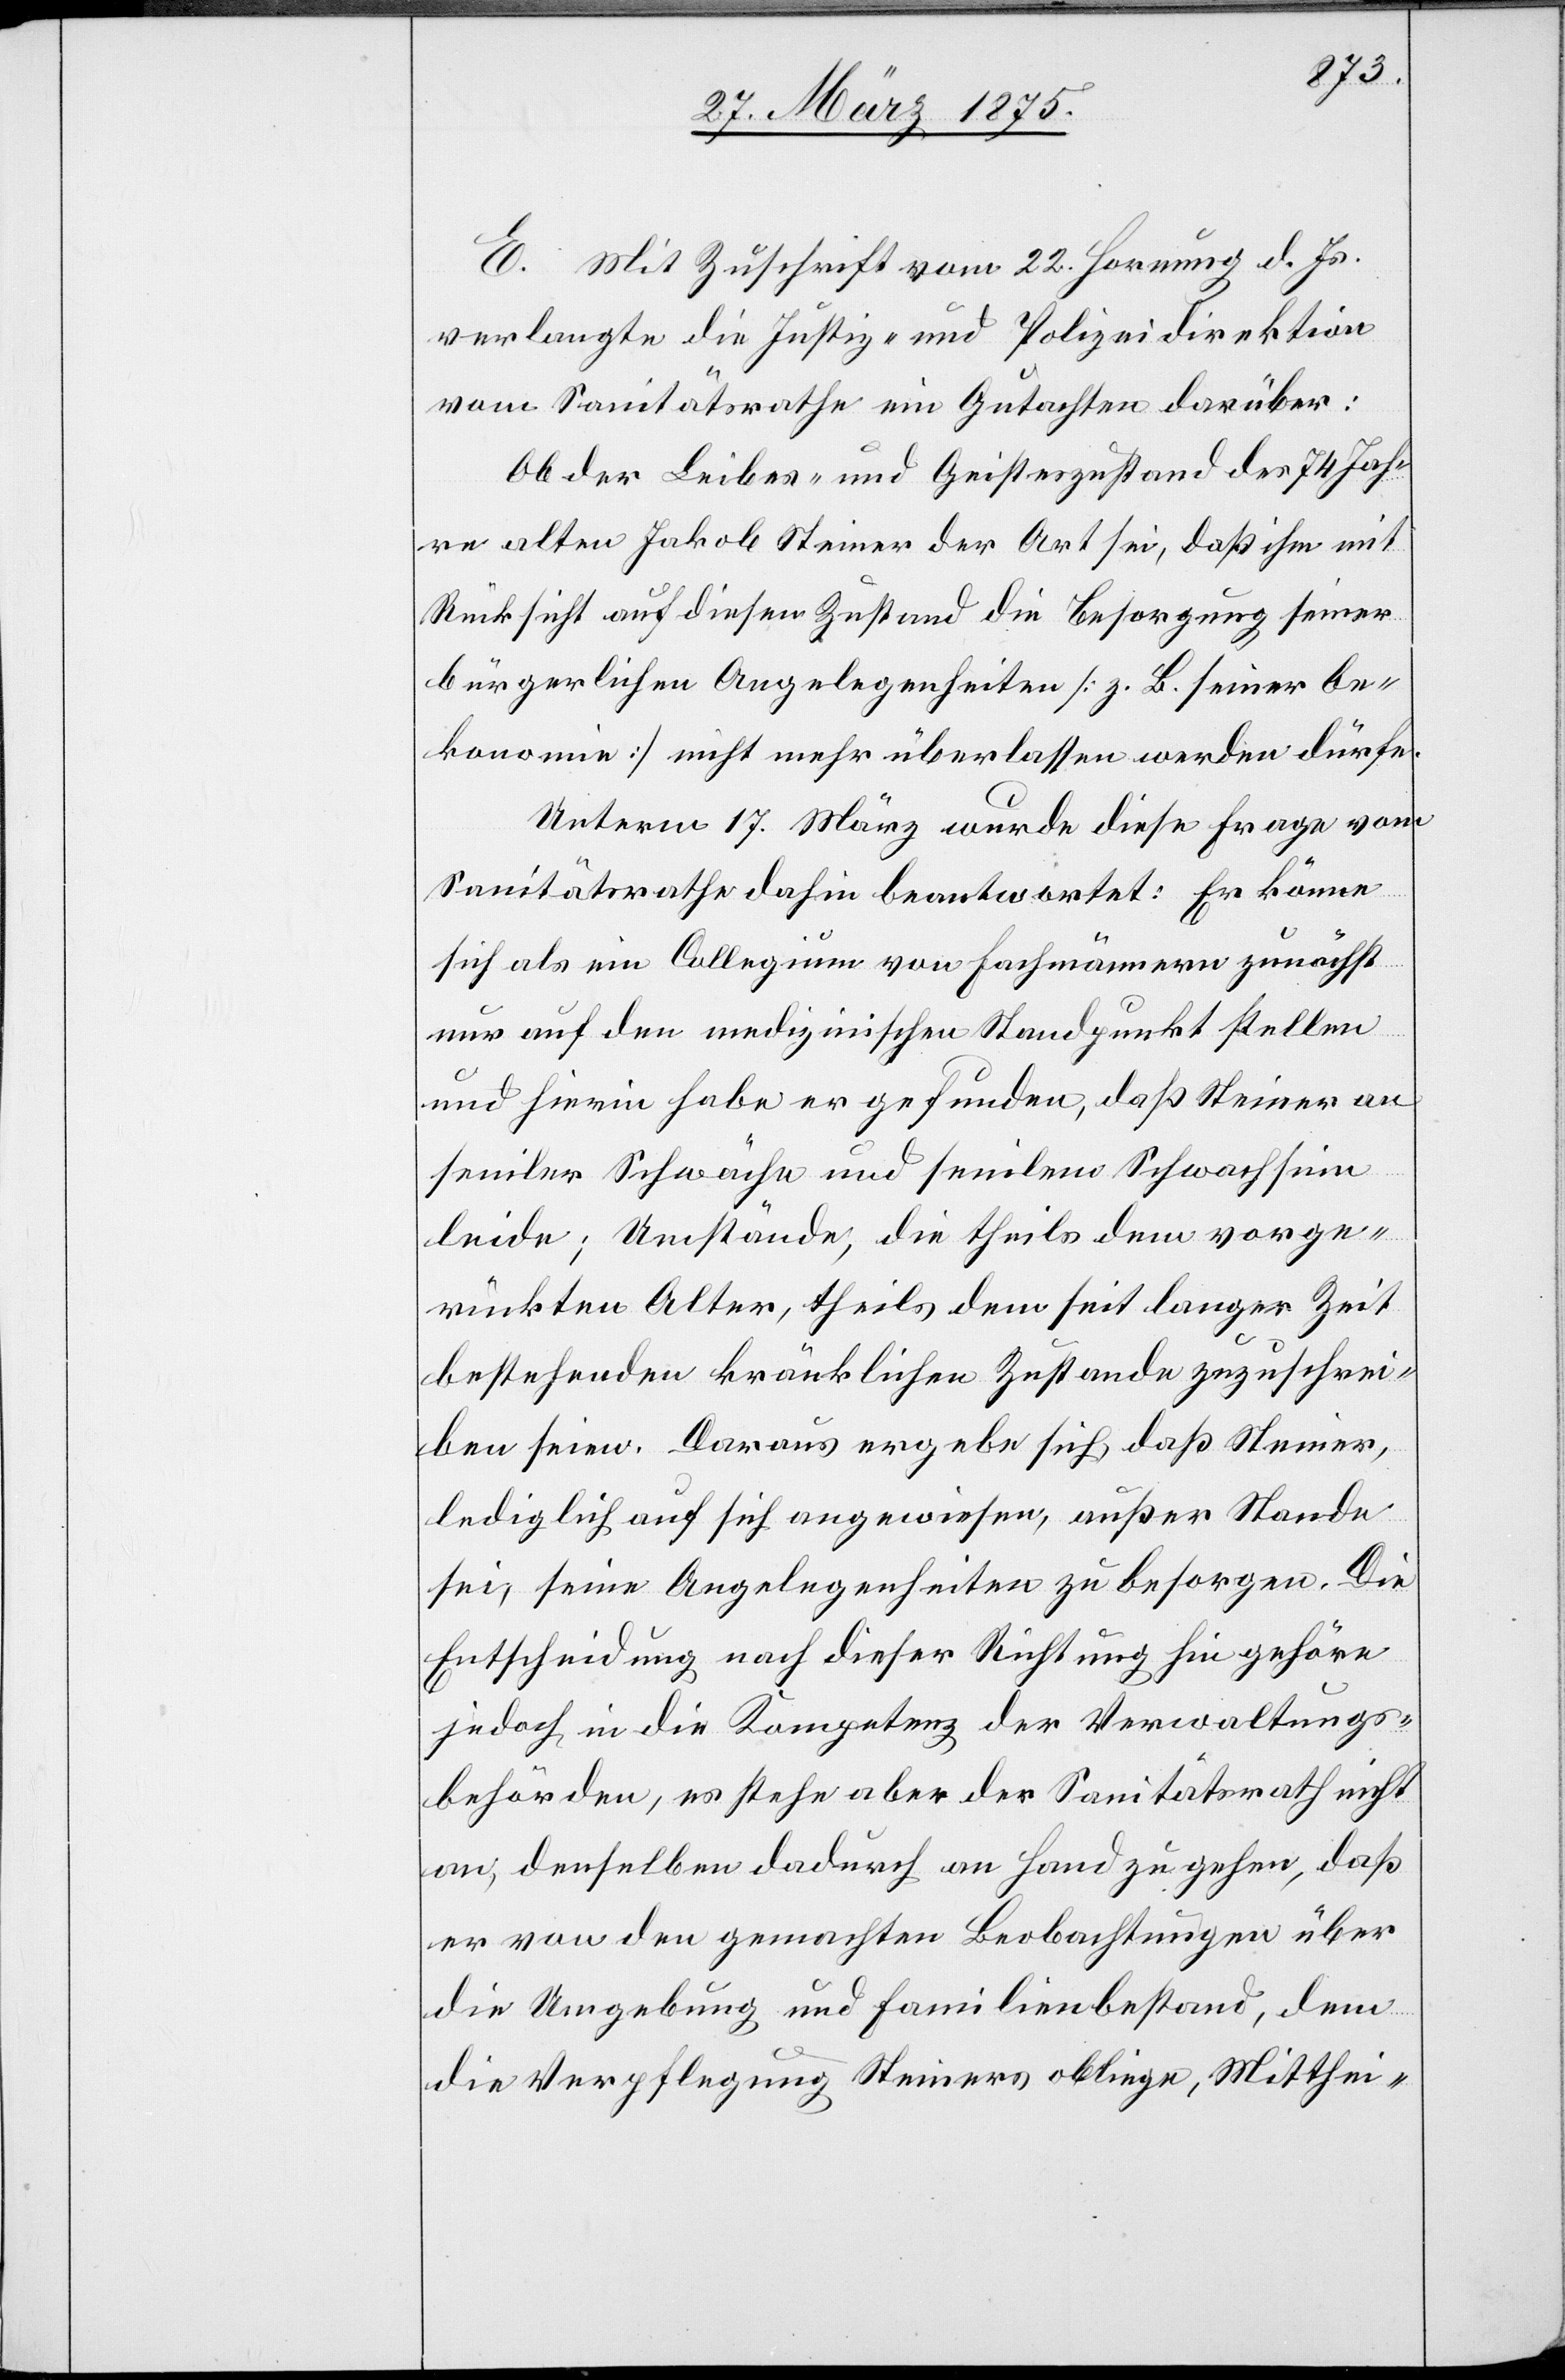
E. Mit Zuschrift vom 22. Hornung d. Js.
verlangte die Justiz- und Polizeidirektion
vom Sanitätsrathe ein Gutachten darüber:
Ob der Leibes- und Geisteszustand des 74 Jah¬
re alten Jakob Steiner der Art sei, daß ihm mit
Rücksicht auf diesen Zustand die Besorgung seiner
bürgerlichen Angelegenheiten [z. B. seiner Oe¬
konomie] nicht mehr überlassen werden dürfe.
Unterm 17. März wurde diese Frage vom
Sanitätsrathe dahin beantwortet: Er könne
sich als ein Collegium von Fachmännern zunächst
nur auf den medizinischen Standpunkt stellen
und hierin habe er gefunden, daß Steiner an
seniler Schwäche und senilem Schwachsinn
leide; Umstände die theils dem vorge¬
rückten Alter, theils dem seit langer Zeit
bestehenden kränklichen Zustande zuzuschrei¬
ben seien. Daraus ergebe sich, daß Steiner,
lediglich auf sich angewiesen, außer Stande
sei, seine Angelegenheiten zu besorgen. Die
Entscheidung nach dieser Richtung hin gehöre
jedoch in die Kompetenz der Verwaltungs¬
behörden, es steh aber dem Sanitätsrath nicht
an, denselben dadurch an Hand zu gehen, daß
er von den gemachten Beobachtungen über
die Umgebung und Familienbestand, dem
die Verpflegung Steiner oblige, Mittheil-